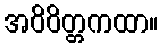
အဝိဝိတ္တကထာ။